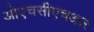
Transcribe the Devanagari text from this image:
ओएचसीएचआर